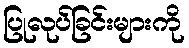
ပြုလုပ်ခြင်းများကို